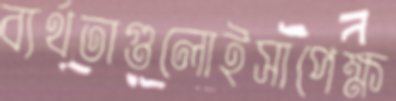
ব্যর্থতাগুলোইসাপেক্ষ